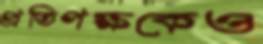
প্রতিপক্ষকেও